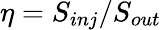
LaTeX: \eta=S_{inj}/S_{out}